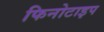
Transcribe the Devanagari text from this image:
फिनोटाइप